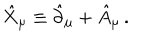
LaTeX: \hat { X } _ { \mu } \equiv \hat { \partial } _ { \mu } + \hat { A } _ { \mu } \, .